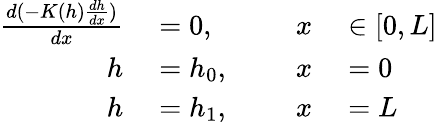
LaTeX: \begin{array}{rlrl}{\frac{d(-K(h)\frac{dh}{dx})}{dx}}&{{}=0,\qquad}&{x}&{{}\in[0,L]}\\ {h}&{{}=h_{0},}&{x}&{{}=0}\\ {h}&{{}=h_{1},}&{x}&{{}=L}\end{array}